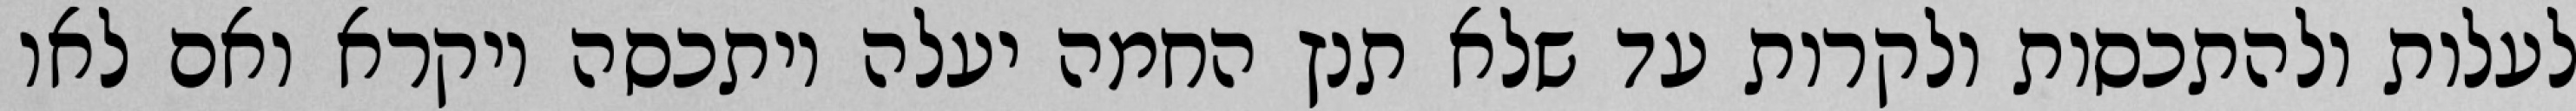
לעלות ולהתכסות ולקרות עד שלא תנץ החמה יעלה ויתכסה ויקרא ואם לאו